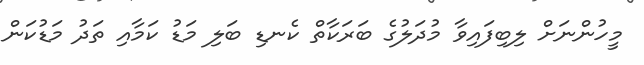
މީހުންނަށް ލިބިފައިވާ މުދަލުގެ ބަރަކާތް ކެނޑި ބަލި މަޑު ކަމާއި ތަދު މަޑުކަން